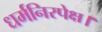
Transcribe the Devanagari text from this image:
धर्मनिरपेक्ष।